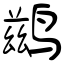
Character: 鹚